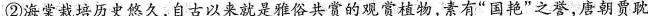
②海棠栽培历史悠久，自古以来就是雅俗共赏的观赏植物，素有”国艳”之誉，唐朝贾耽